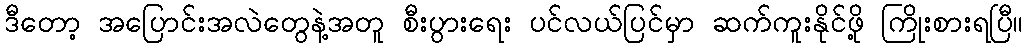
ဒီတော့ အပြောင်းအလဲတွေနဲ့အတူ စီးပွားရေး ပင်လယ်ပြင်မှာ ဆက်ကူးနိုင်ဖို့ ကြိုးစားရပြီ။